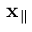
{ \bf x } _ { \parallel }